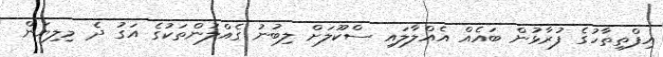
އިފްތިތާހުގެ ފުރާޅުން ބައެއް އެއްލާލައި ސްކޫލަށް ލިބުނު ގެއްލުންތަކުގެ އަގު ދެ މިލިޔަން